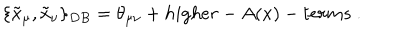
\{ \tilde { x } _ { \mu } , \tilde { x } _ { \nu } \} _ { D B } = \theta _ { \mu \nu } + h i g h e r - A ( x ) - t e r m s ~ .